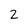
Character: 2